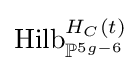
{\text{Hilb}}_{\mathbb {P} ^{5g-6}}^{H_{C}(t)}